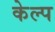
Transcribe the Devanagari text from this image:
केल्प